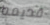
قديمه